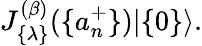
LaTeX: J_{\{ \lambda\} }^{(\beta)}(\{ a_{n}^{+}\} )|\{ 0\} \rangle.